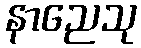
နာညေသု